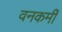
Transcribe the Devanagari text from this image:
वनकर्मी